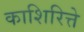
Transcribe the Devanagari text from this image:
काशिरित्ते